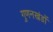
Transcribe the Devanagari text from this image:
गुणनखंडों